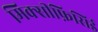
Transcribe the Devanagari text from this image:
मिक्सीफ़िसिई